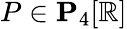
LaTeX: P\in\mathbf{P}_{4}[\mathbb{R}]